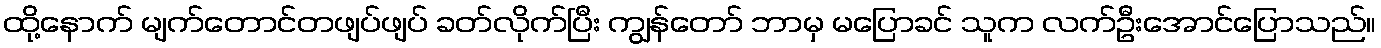
ထို့နောက် မျက်တောင်တဖျပ်ဖျပ် ခတ်လိုက်ပြီး ကျွန်တော် ဘာမှ မပြောခင် သူက လက်ဦးအောင်ပြောသည်။